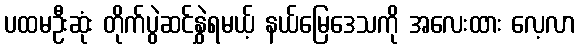
ပထမဦးဆုံး တိုက်ပွဲဆင်နွှဲရမယ့် နယ်မြေဒေသကို အလေးထား လေ့လာ